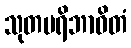
သုတပရိဘာဝိတံ